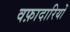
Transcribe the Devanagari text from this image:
वफ़ादारियों